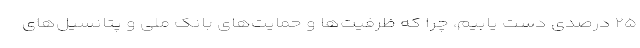
۲۵ درصدی دست یابیم، چرا که ظرفیت‌ها و حمایت‌های بانک ملی و پتانسیل‌های